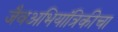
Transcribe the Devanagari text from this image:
जैवअभियांत्रिकीचा